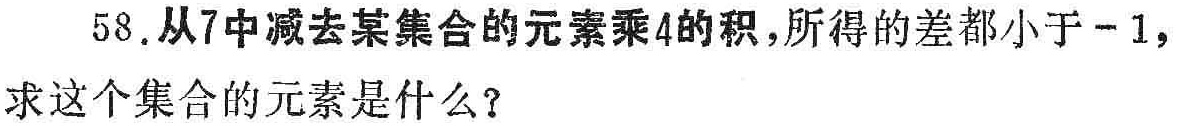
58.从7中减去某集合的元素乘4的积,所得的差都小于−1,求这个集合的元素是什么?